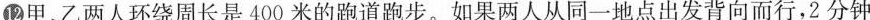
⑫甲、乙两人环绕周长是400米的跑道跑步。如果两人从同一地点出发背向而行，2分钟